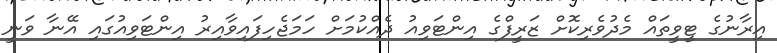
އިރާނުގެ ޓީވީތައް މެދުވެރިކޮށް ޒަރީފްގެ އިންޓަވިއު ދެއްކުމަށް ހަމަޖެހިފައިވާއިރު އިންޓަވިއުގައި އޭނާ ވަނީ